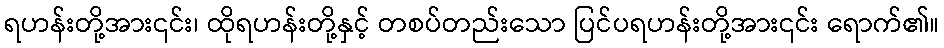
ရဟန်းတို့အား၎င်း၊ ထိုရဟန်းတို့နှင့် တစပ်တည်းသော ပြင်ပရဟန်းတို့အား၎င်း ရောက်၏။